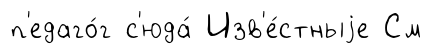
п'едаго́г с'юда́ Изв'е́стныjе См